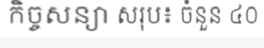
កិច្ចសន្យា សរុប៖ ចំនួន ៤០